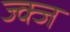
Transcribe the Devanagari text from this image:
ज्क्ज